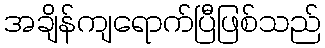
အချိန်ကျရောက်ပြီဖြစ်သည်